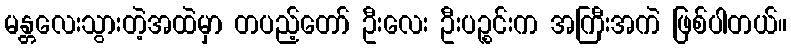
မန္တလေးသွားတဲ့အထဲမှာ တပည့်တော် ဦးလေး ဦးပဉ္စင်းက အကြီးအကဲ ဖြစ်ပါတယ်။